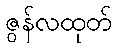
ဇွန်လထုတ်